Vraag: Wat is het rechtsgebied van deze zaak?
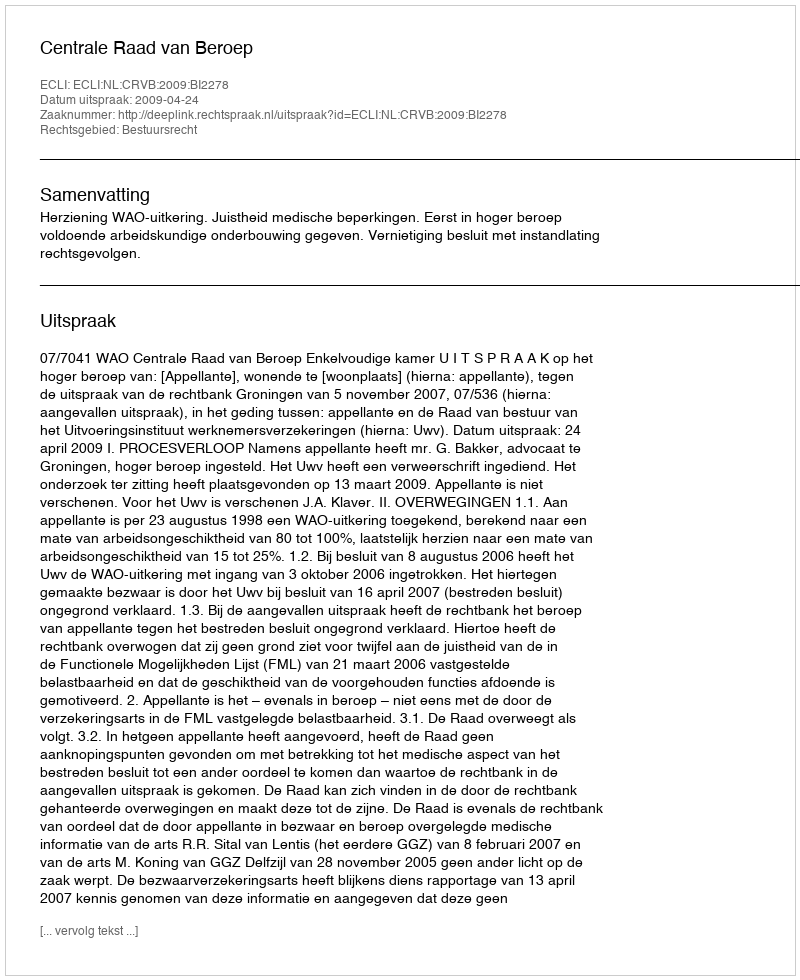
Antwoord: Bestuursrecht